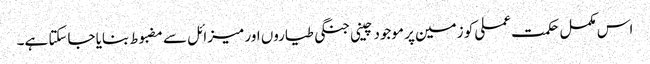
اس مکمل حکمت عملی کو زمین پر موجود چینی جنگی طیاروں اور میزائل سے مضبوط بنایا جاسکتا ہے۔